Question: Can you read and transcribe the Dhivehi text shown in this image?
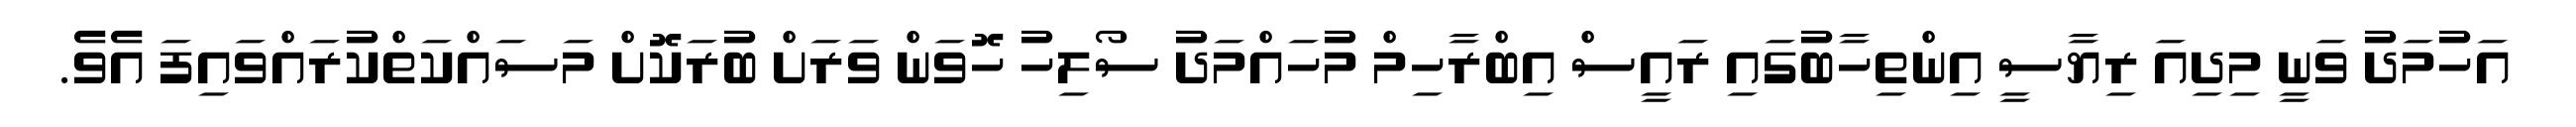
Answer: އަހުމަދު ވަނީ މިދިއަ ރިޔާސީ އިންތިހާބުގައި ރައީސް އިބްރާހިމް މުހައްމަދު ސޯލިހު ހޮވަން ވަރަށް ބުރަކޮށް މަސައްކަތްކުރައްވައިފަ އެވެ.